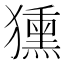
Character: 獯